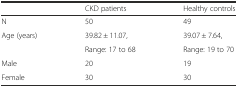
<table><thead><tr><td></td><td><b>CKD patients</b></td><td><b>Healthy controls</b></td></tr></thead><tbody><tr><td>N</td><td>50</td><td>49</td></tr><tr><td>Age (years)</td><td>39.82 ± 11.07,</td><td>39.07 ± 7.64,</td></tr><tr><td></td><td>Range: 17 to 68</td><td>Range: 19 to 70</td></tr><tr><td>Male</td><td>20</td><td>19</td></tr><tr><td>Female</td><td>30</td><td>30</td></tr></tbody></table>